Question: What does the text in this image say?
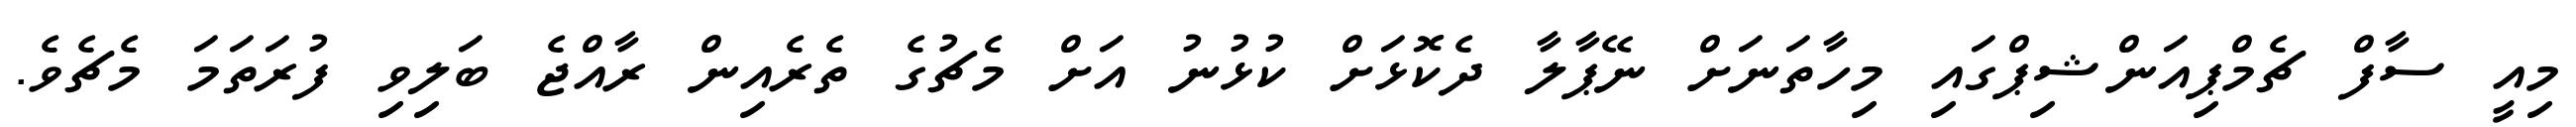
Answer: މިއީ ސާފް ޗެމްޕިއަންޝިޕްގައި މިހާތަނަށް ނޭޕާލާ ދެކޮޅަށް ކުޅުނު އަށް މެޗުގެ ތެރެއިން ރާއްޖެ ބަލިވި ފުރަތަމަ މެޗެވެ.